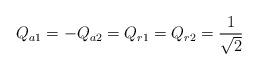
LaTeX: \begin{align*} Q_{a 1}=-Q_{a 2}=Q_{r 1}=Q_{r 2}={1\over \sqrt{2}}\end{align*}